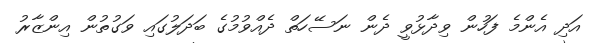
އަދި އެންމެ ފަހުން ވިދާޅުވީ ދެން ނަސޭހަތް ދެއްވުމުގެ ބަދަލުގައި ވަގުތުން އިންޒާރު